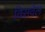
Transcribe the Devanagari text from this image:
विसवेल